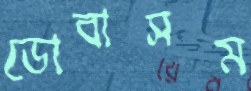
ডোবাসম